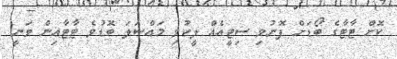
ކޮށް ޓާޓާގެ ބޯޑަށް ފޮނުވި ސިޓީއެއް ލީކުވި މައްސަލަ ބޮޑުވެ ޓާޓާއިން ވަނީ